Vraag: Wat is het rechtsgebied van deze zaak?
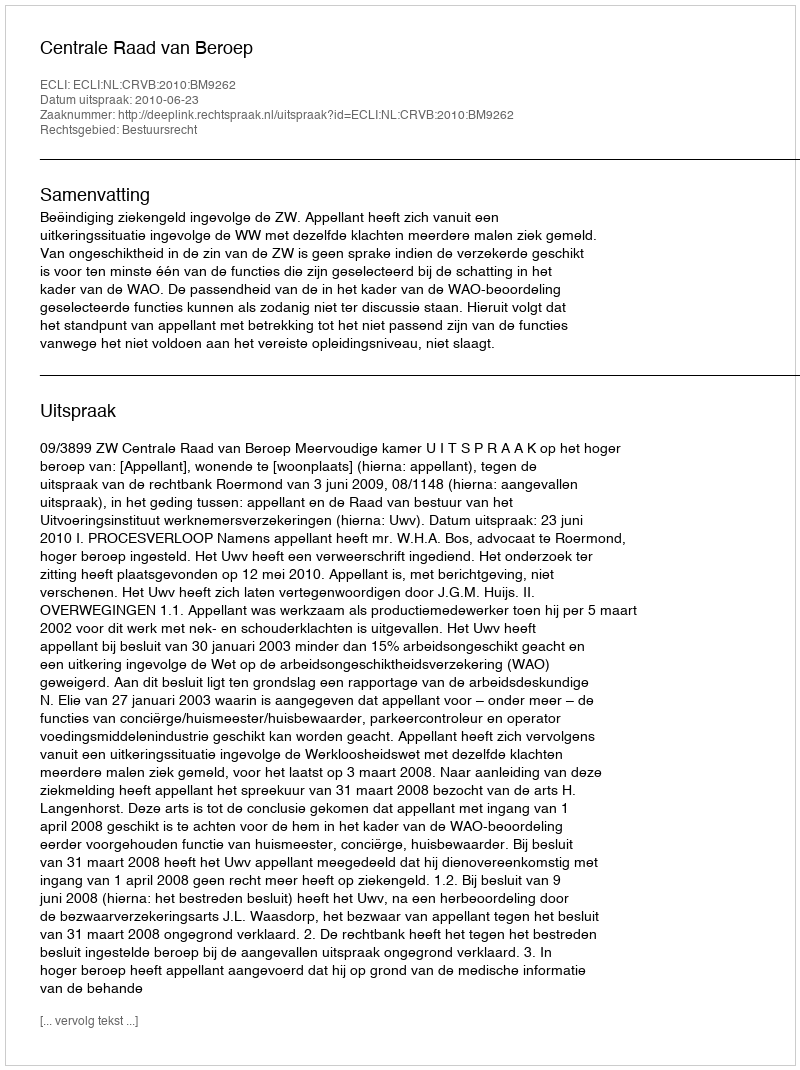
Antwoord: Bestuursrecht